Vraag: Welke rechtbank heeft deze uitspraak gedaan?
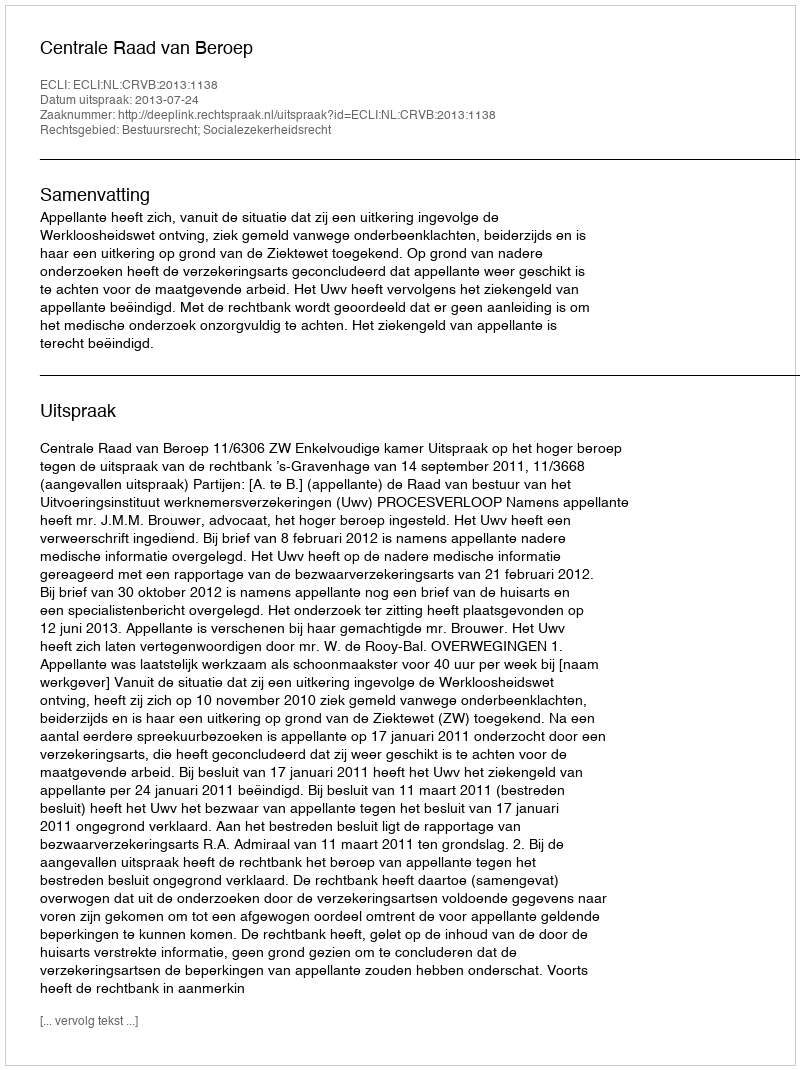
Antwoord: Centrale Raad van Beroep